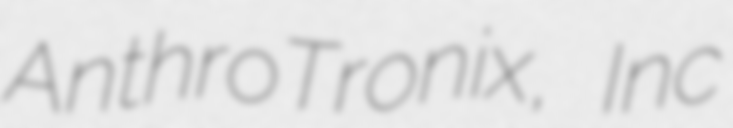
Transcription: AnthroTronix, Inc